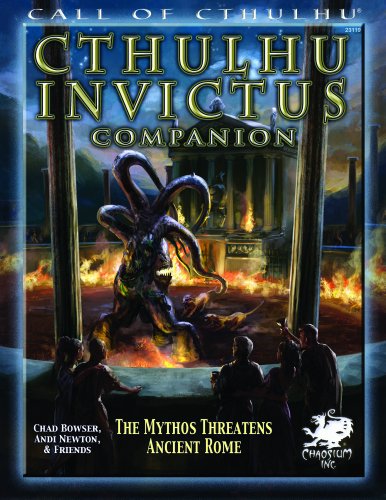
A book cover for Cthulhu Invictus Companion: The Mythos Threatens Ancient Rome (Call of Cthulhu roleplaying); Chad Bowser; Science Fiction & Fantasy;